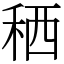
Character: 䄽